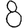
Digit: 8